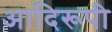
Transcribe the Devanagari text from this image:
आदिरूपी